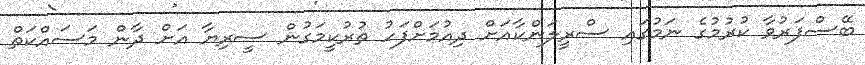
ބޭސްފަރުވާ ކުރުމުގެ ނަމުގައި ސްރީލަންކާއަށް ދިއުމަށްފަހު ތުރުކީމަގުން ސީރިޔާ އަށް ދާން މަސައްކަތް